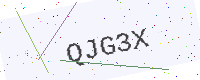
Text: QJG3X